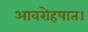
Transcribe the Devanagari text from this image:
आवरोहपात।